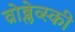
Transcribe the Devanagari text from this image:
व्रोब्लेव्स्की